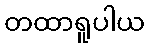
တထာရူပါယ